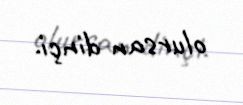
olursan dinçi.